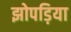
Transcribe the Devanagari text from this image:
झोपड़िया